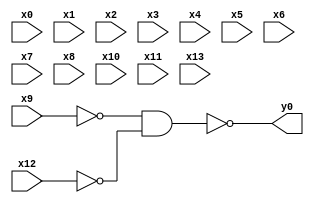
module top( x0 , x1 , x2 , x3 , x4 , x5 , x6 , x7 , x8 , x9 , x10 , x11 , x12 , x13 , y0 );
  input x0 , x1 , x2 , x3 , x4 , x5 , x6 , x7 , x8 , x9 , x10 , x11 , x12 , x13 ;
  output y0 ;
  wire n15 ;
  assign n15 = ~x9 & ~x12 ;
  assign y0 = ~n15 ;
endmodule